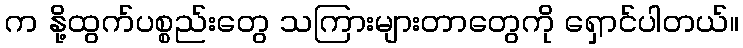
က နို့ထွက်ပစ္စည်းတွေ သကြားများတာတွေကို ရှောင်ပါတယ်။